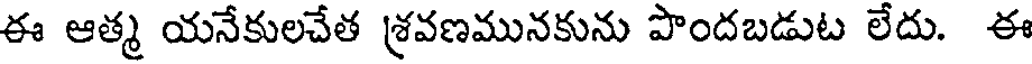
ఈ ఆత్మ యనేకులచేత శ్రవణమునకును పొందబడుట లేదు. ఈ